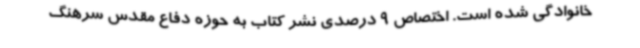
خانوادگی شده است. اختصاص 9 درصدی نشر کتاب به حوزه دفاع مقدس سرهنگ